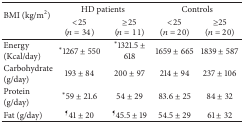
<table><thead><tr><td rowspan="2"><b>BMI (kg/m2)</b></td><td colspan="2"><b>HD patients</b></td><td colspan="2"><b>Controls</b></td></tr><tr><td><b>&lt;25(<i>n</i> = 34)</b></td><td><b>≥25(<i>n</i> = 11)</b></td><td><b>&lt;25(<i>n</i> = 20)</b></td><td><b>≥25(<i>n</i> = 20)</b></td></tr></thead><tbody><tr><td>Energy (Kcal/day)</td><td><sup>*</sup>1267 ± 550</td><td><sup>*</sup>1321.5 ± 618</td><td>1659 ± 665</td><td>1839 ± 587</td></tr><tr><td>Carbohydrate (g/day)</td><td>193 ± 84</td><td>200 ± 97</td><td>214 ± 94</td><td>237 ± 106</td></tr><tr><td>Protein (g/day)</td><td><sup>*</sup>59 ± 21.6</td><td>54 ± 29</td><td>83.6 ± 25</td><td>84 ± 32</td></tr><tr><td>Fat (g/day)</td><td><sup>¶</sup>41 ± 20</td><td><sup>¶</sup>45.5 ± 19</td><td>54.5 ± 29</td><td>61 ± 32</td></tr></tbody></table>